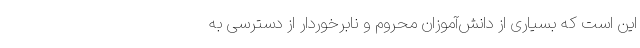
این است که بسیاری از دانش‌آموزان محروم و نابرخوردار از دسترسی به